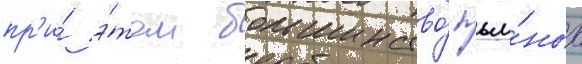
пр'и́ э́том большинство́ пья́ных